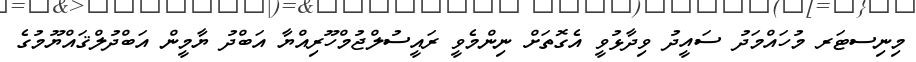
މިނިސޓަރ މުހައްމަދު ސައީދު ވިދާޅުވީ އެގޮތަށް ނިންމެވީ ރައީސުލްޖުމްހޫރިއްޔާ އަބްދު ޔާމީން އަބްދުލްޤައްޔޫމުގެ